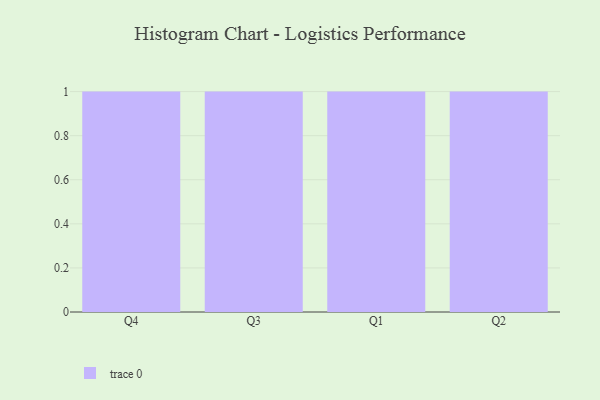
{"axis": {"x": "Quarter", "y": "Conversion Rate (%)"}, "legend": [""], "data": [{"x": "Q4", "y": 43, "type": ""}, {"x": "Q3", "y": 23, "type": ""}, {"x": "Q1", "y": 98, "type": ""}, {"x": "Q2", "y": 94, "type": ""}]}